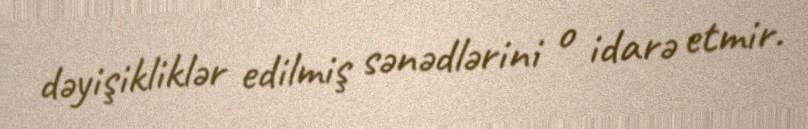
dəyişikliklər edilmiş sənədlərini o idarə etmir.